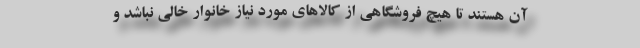
آن هستند تا هیچ فروشگاهی از کالاهای مورد نیاز خانوار خالی نباشد و